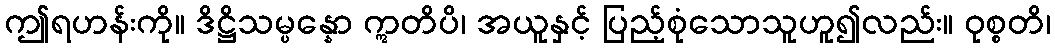
ဤရဟန်းကို။ ဒိဋ္ဌိသမ္ပန္နော ဣတိပိ၊ အယူနှင့် ပြည့်စုံသောသူဟူ၍လည်း။ ဝုစ္စတိ၊